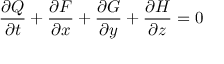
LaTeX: { \frac { \partial Q } { \partial t } } + { \frac { \partial F } { \partial x } } + { \frac { \partial G } { \partial y } } + { \frac { \partial H } { \partial z } } = 0